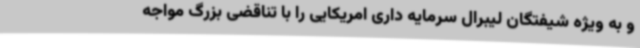
و به ویژه شیفتگان لیبرال سرمایه داری امریکایی را با تناقضی بزرگ مواجه